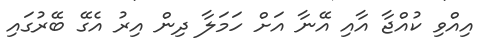
އިއްވި ކުއްޖާ އާއި އޭނާ އަށް ހަމަލާ ދިން އިރު އެގޭ ބޭރުގައި